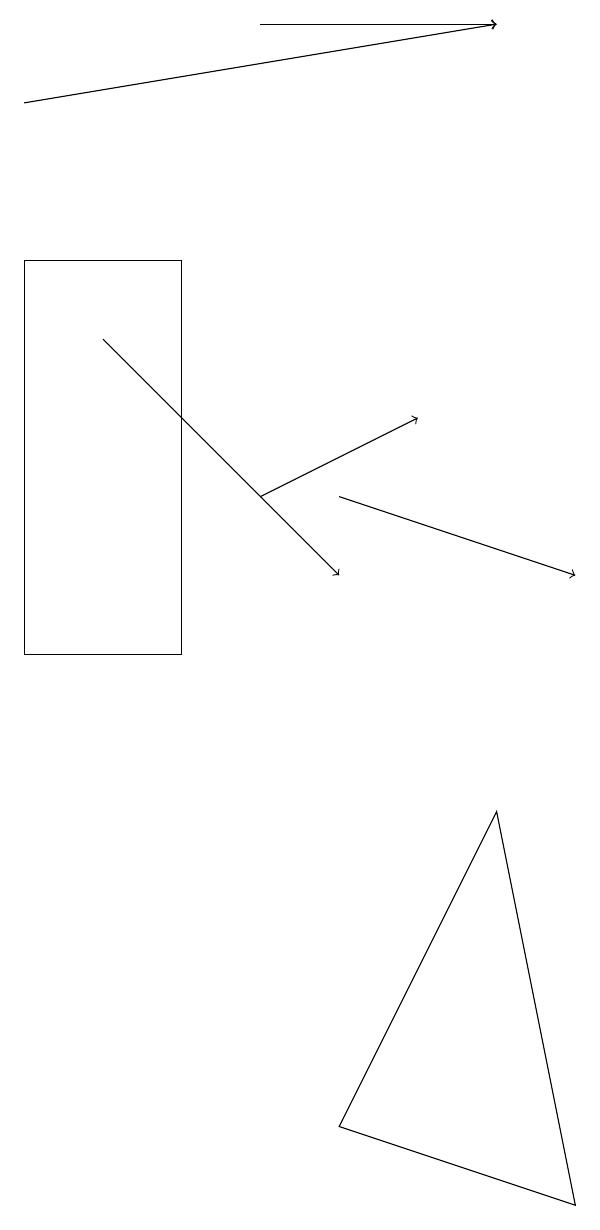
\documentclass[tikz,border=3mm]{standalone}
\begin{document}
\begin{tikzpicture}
\draw[->] (2,15) -- (5,12);
\draw[->] (1,18) -- (7,19);
\draw[->] (4,13) -- (6,14);
\draw[->] (5,13) -- (8,12);
\draw (5,5) -- (8,4) -- (7,9) -- cycle;
\draw (1,16) rectangle (3,11);
\draw[->] (4,19) -- (7,19);
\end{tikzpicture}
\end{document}